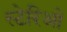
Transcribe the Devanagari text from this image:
स्टेरिओ